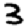
Digit: 3